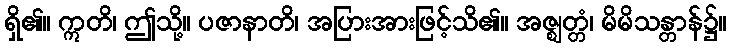
ရှိ၏။ ဣတိ၊ ဤသို့။ ပဇာနာတိ၊ အပြားအားဖြင့်သိ၏။ အဇ္ဈတ္တံ၊ မိမိသန္တာန်၌။